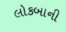
લોકબાની